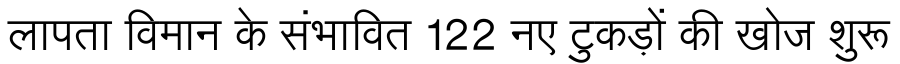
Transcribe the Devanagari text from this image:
लापता विमान के संभावित 122 नए टुकड़ों की खोज शुरू